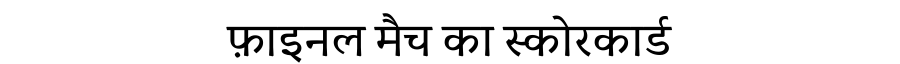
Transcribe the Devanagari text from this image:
फ़ाइनल मैच का स्कोरकार्ड